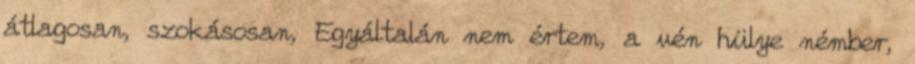
átlagosan, szokásosan, Egyáltalán nem értem, a vén hülye némber,